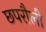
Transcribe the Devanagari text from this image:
छपरौली